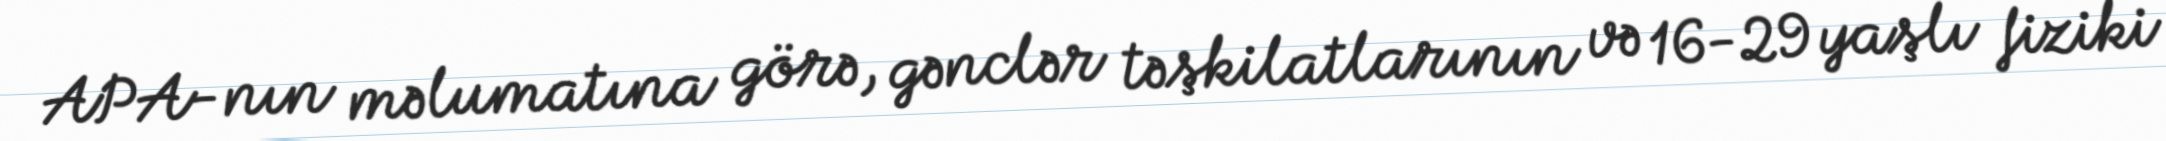
APA-nın məlumatına görə, gənclər təşkilatlarının və 16-29 yaşlı fiziki